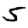
Digit: 5